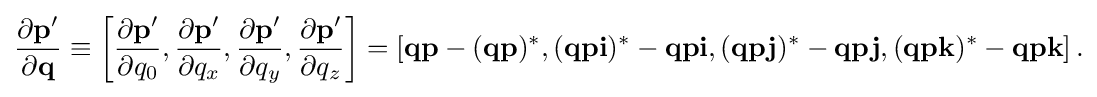
{\begin{aligned}{\frac {\partial \mathbf {p'} }{\partial \mathbf {q} }}\equiv \left[{\frac {\partial \mathbf {p'} }{\partial q_{0}}},{\frac {\partial \mathbf {p'} }{\partial q_{x}}},{\frac {\partial \mathbf {p'} }{\partial q_{y}}},{\frac {\partial \mathbf {p'} }{\partial q_{z}}}\right]=\left[\mathbf {qp} -(\mathbf {qp} )^{*},(\mathbf {qpi} )^{*}-\mathbf {qpi} ,(\mathbf {qpj} )^{*}-\mathbf {qpj} ,(\mathbf {qpk} )^{*}-\mathbf {qpk} \right].\end{aligned}}